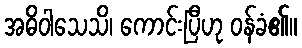
အဓိဝါသေသိ၊ ကောင်းပြီဟု ဝန်ခံ၏။